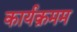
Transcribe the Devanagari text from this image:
कार्यक्रमम